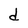
Character: d